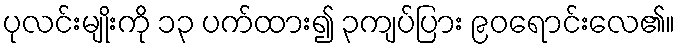
ပုလင်းမျိုးကို ၁၃ ပက်ထား၍ ၃ကျပ်ပြား ၉၀ရောင်းလေ၏။